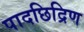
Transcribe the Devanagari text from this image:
पादछिद्रिण